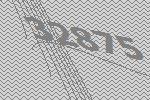
32875